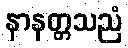
နာနတ္တသညံ